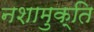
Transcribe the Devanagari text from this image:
नशामुक्ति